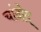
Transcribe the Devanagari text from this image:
चांदोद